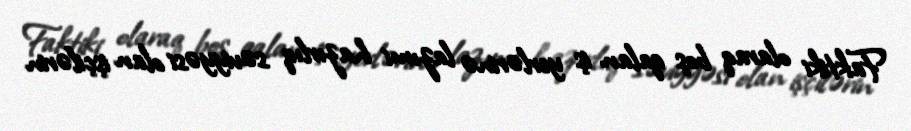
Faktiki olaraq boş qalan iş yerlərinə lazımi hazırlıq səviyyəsi olan işçilərin